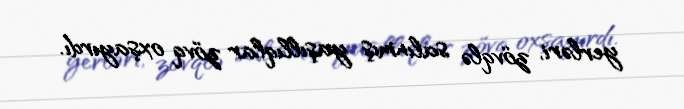
yerləri, zövqlə salınmış yaşıllıqlar zövq oxşayırdı.